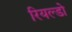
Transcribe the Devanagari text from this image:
रियल्डो